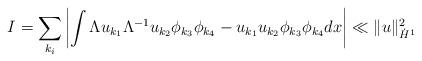
LaTeX: \begin{align*} I = \sum_{k_i} \left| \int \Lambda u_{k_1} \Lambda^{-1} u_{k_2} \phi_{k_3} \phi_{k_4} - u_{k_1} u_{k_2} \phi_{k_3} \phi_{k_4} dx \right| \ll \| u\|_{\dot H^1}^2 \end{align*}